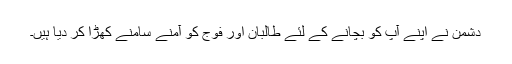
دشمن نے اپنے آپ کو بچانے کے لئے طالبان اور فوج کو آمنے سامنے کھڑا کر دیا ہیں۔